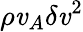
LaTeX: \rho\mathit{v}_{A}\delta\mathit{v}^{2}